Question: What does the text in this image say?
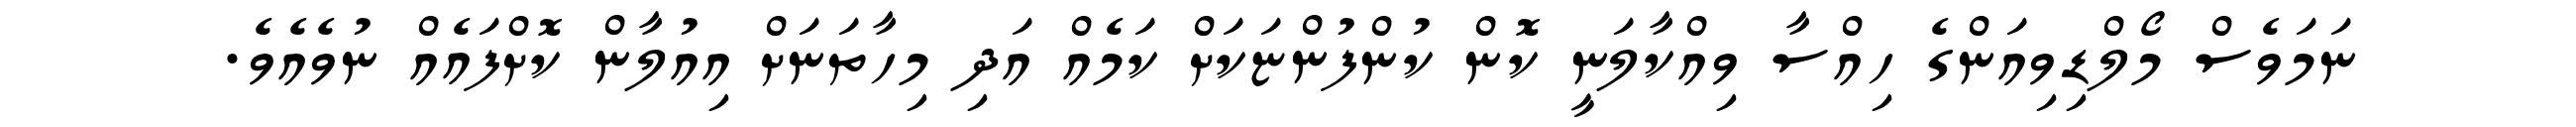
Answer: ނަމަވެސް މޯލްޑިވިއަންގެ ހިއްސާ ވިއްކާލަނީ ކޮން ކުންފުންޏަކަށް ކަމެއް އަދި މިހާތަނަށް އިއުލާން ކޮށްފައެއް ނުވެއެވެ.